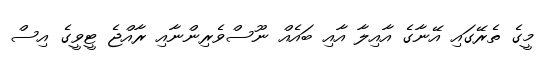
މީގެ ތެރޭގައި އޭނާގެ އާއިލާ އާއި ބައެއް ނޫސްވެރިންނާއި ރާއްޖެ ޓީވީގެ އިސް